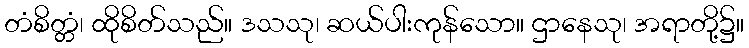
တံစိတ္တံ၊ ထိုစိတ်သည်။ ဒသသု၊ ဆယ်ပါးကုန်သော။ ဌာနေသု၊ အရာတို့၌။